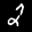
Label: 2